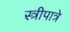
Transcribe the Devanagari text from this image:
स्त्रीपात्रे